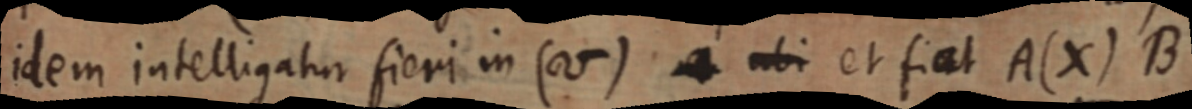
idem intelligatur fieri in (V) _ ubi et fiat A(X) B